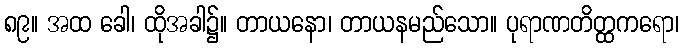
၈၉။ အထ ခေါ၊ ထိုအခါ၌။ တာယနော၊ တာယနမည်သော။ ပုရာဏတိတ္ထကရော၊